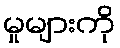
မှုများကို